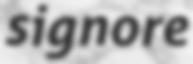
signore